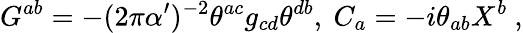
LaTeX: G^{ab}=-(2\pi\alpha^{\prime})^{-2}\theta^{ac}g_{cd}\theta^{db},\ C_{a}=-i\theta_{ab}X^{b}\ ,